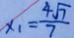
x _ { 1 } = \frac { 4 \sqrt { 7 } } { 7 }